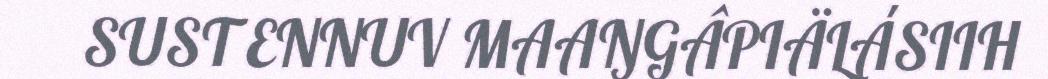
SUST ENNUV MAAŊGÂPIÄLÁSIIH